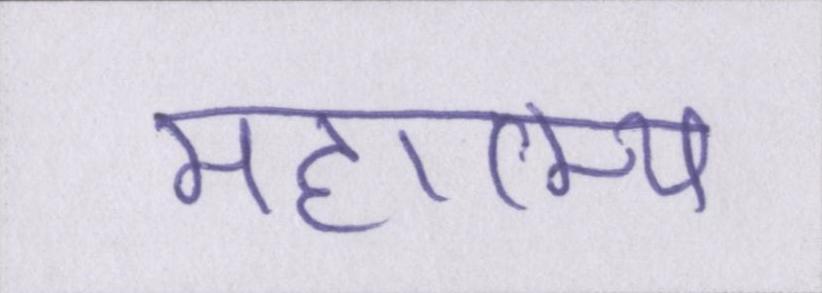
महात्म्य